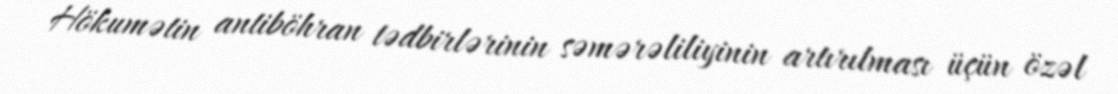
Hökumətin antiböhran tədbirlərinin səmərəliliyinin artırılması üçün özəl